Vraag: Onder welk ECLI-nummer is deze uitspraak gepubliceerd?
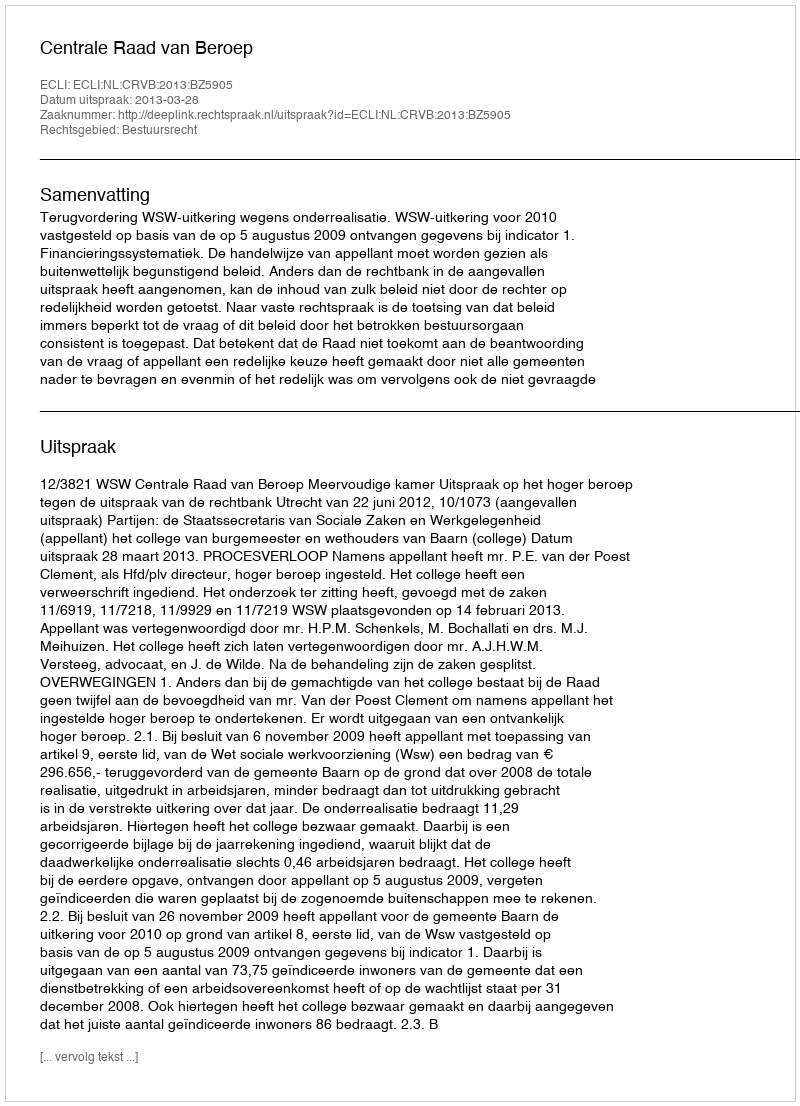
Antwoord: ECLI:NL:CRVB:2013:BZ5905